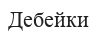
Дебейки